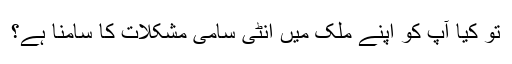
تو کیا آپ کو اپنے ملک میں انٹى سامى مشکلات کا سامنا ہے؟